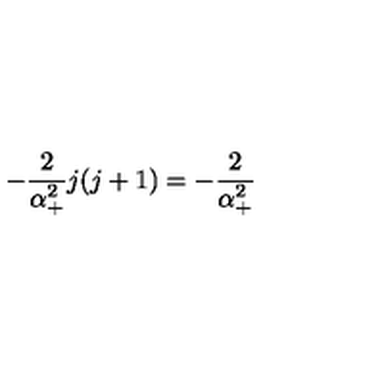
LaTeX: - \frac 2 { \alpha _ { + } ^ { 2 } } j ( j + 1 ) = - \frac 2 { \alpha _ { + } ^ { 2 } }